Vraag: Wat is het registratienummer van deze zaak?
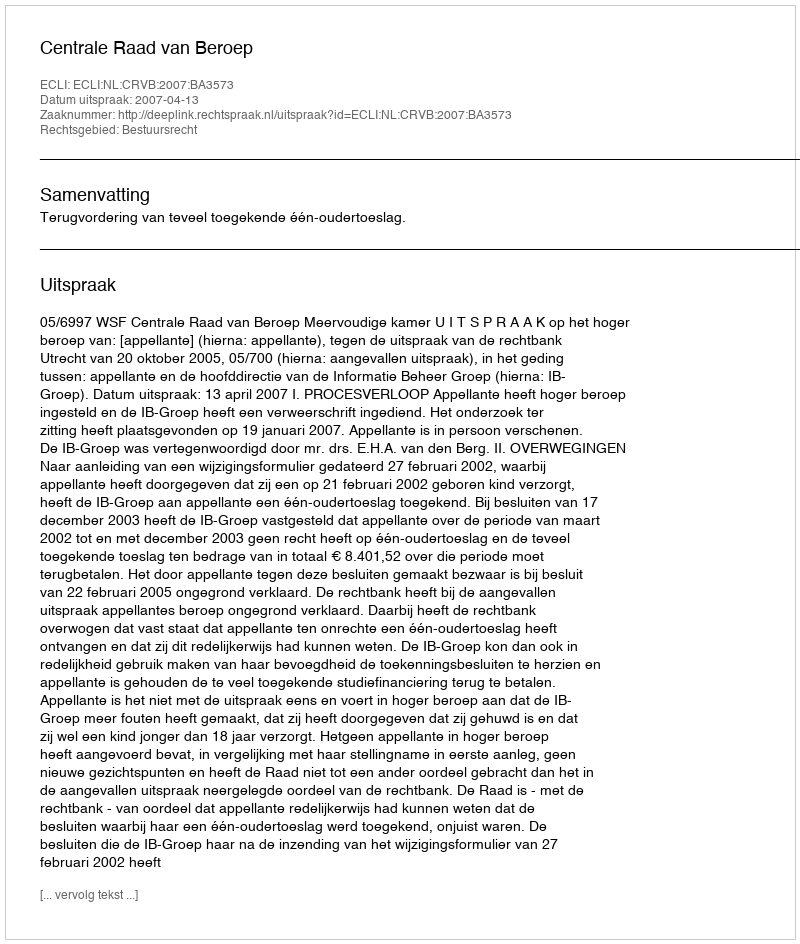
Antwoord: http://deeplink.rechtspraak.nl/uitspraak?id=ECLI:NL:CRVB:2007:BA3573